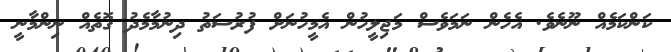
ކަންކަމެއް ނޫނެވެ. އެހެން ނަމަވެސް މަޖިލީހުން އެމީހުނަށް ފުރުސަތު ދިނުމާމެދު ގޮތެއް ނިންމާނީ